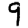
Digit: 9